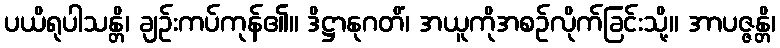
ပယိရုပါသန္တိ၊ ချဉ်းကပ်ကုန်၏။ ဒိဋ္ဌာနုဂတိံ၊ အယူကိုအစဉ်လိုက်ခြင်းသို့။ အာပဇ္ဇန္တိ၊